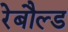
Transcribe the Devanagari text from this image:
रेबौल्ड